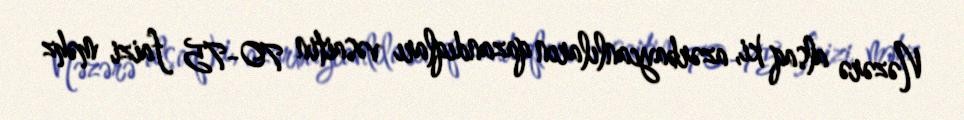
Nəzərə alsaq ki, azərbaycanlıların qazandıqları vəsaitin 70-75 faizi məhz